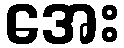
အေး